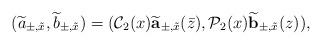
LaTeX: \begin{align*}(\widetilde a_{\pm,\tilde x},\widetilde b_{\pm,\tilde x})=(\mathcal C_2(x)\widetilde{\mbox{\bf a}}_{\pm,\tilde x}(\bar z),\mathcal P_2(x)\widetilde{\mbox{\bf b}}_{\pm,\tilde x}(z)),\end{align*}